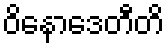
ဝိနောဒေတီတိ